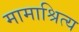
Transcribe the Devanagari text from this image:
मामाश्रित्य